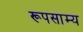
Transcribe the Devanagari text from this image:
रूपसाम्य